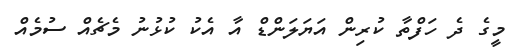
މީގެ ދެ ހަފްތާ ކުރިން އަޔަލަންޑް އާ އެކު ކުޅުނު މެޗެއް ސުމެއް